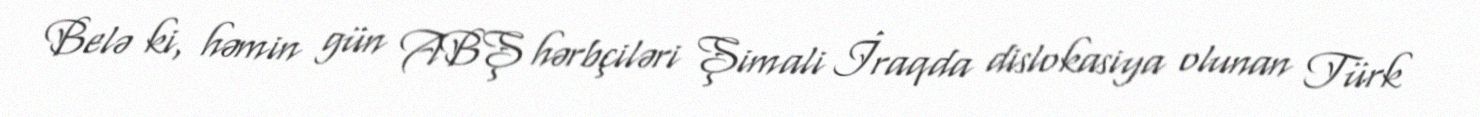
Belə ki, həmin gün ABŞ hərbçiləri Şimali İraqda dislokasiya olunan Türk